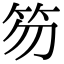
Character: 笏